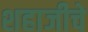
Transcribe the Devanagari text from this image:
शहाजीचे